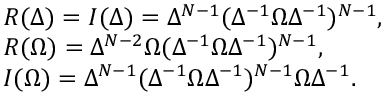
\begin{array} { l } { { R ( \Delta ) = I ( \Delta ) = \Delta ^ { N - 1 } ( \Delta ^ { - 1 } \Omega \Delta ^ { - 1 } ) ^ { N - 1 } , } } \\ { { R ( \Omega ) = \Delta ^ { N - 2 } \Omega ( \Delta ^ { - 1 } \Omega \Delta ^ { - 1 } ) ^ { N - 1 } , } } \\ { { I ( \Omega ) = \Delta ^ { N - 1 } ( \Delta ^ { - 1 } \Omega \Delta ^ { - 1 } ) ^ { N - 1 } \Omega \Delta ^ { - 1 } . } } \end{array}